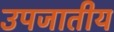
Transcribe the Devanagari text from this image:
उपजातीय